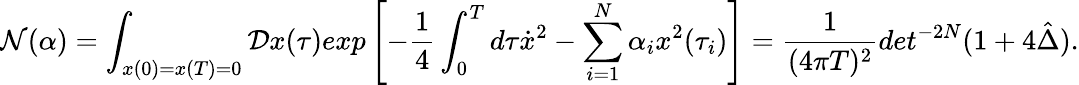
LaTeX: {\cal N}(\alpha)=\int_{x(0)=x(T)=0}{\cal D}x(\tau)exp\left[-{\frac{1}{4}}\int_{0}^{T}d\tau\dot{x}^{2}-\sum_{i=1}^{N}\alpha_{i}x^{2}(\tau_{i})\right]={\frac{1}{(4\pi T)^{2}}}det^{-2N}(1+4\hat{\Delta}).